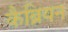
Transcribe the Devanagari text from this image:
कैब्रियन